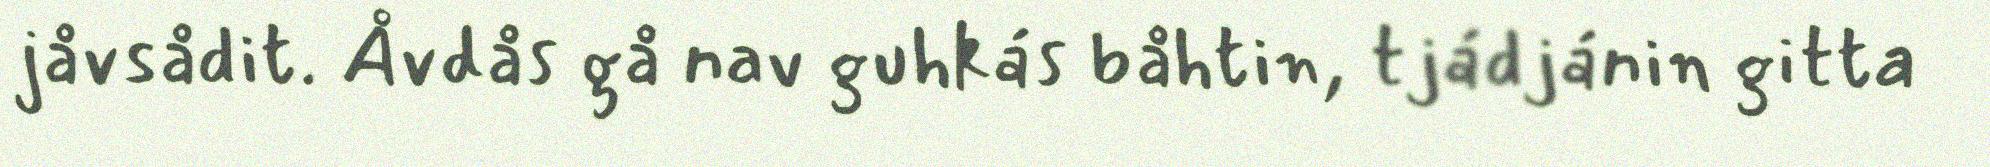
jåvsådit. Åvdås gå nav guhkás båhtin, tjádjánin gitta